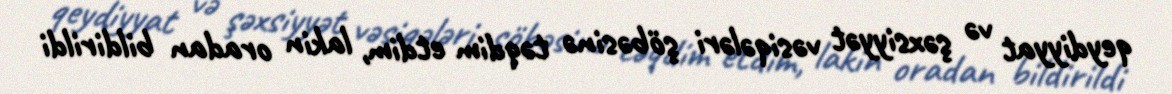
qeydiyyat və şəxsiyyət vəsiqələri şöbəsinə təqdim etdim, lakin oradan bildirildi